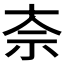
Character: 𫀂